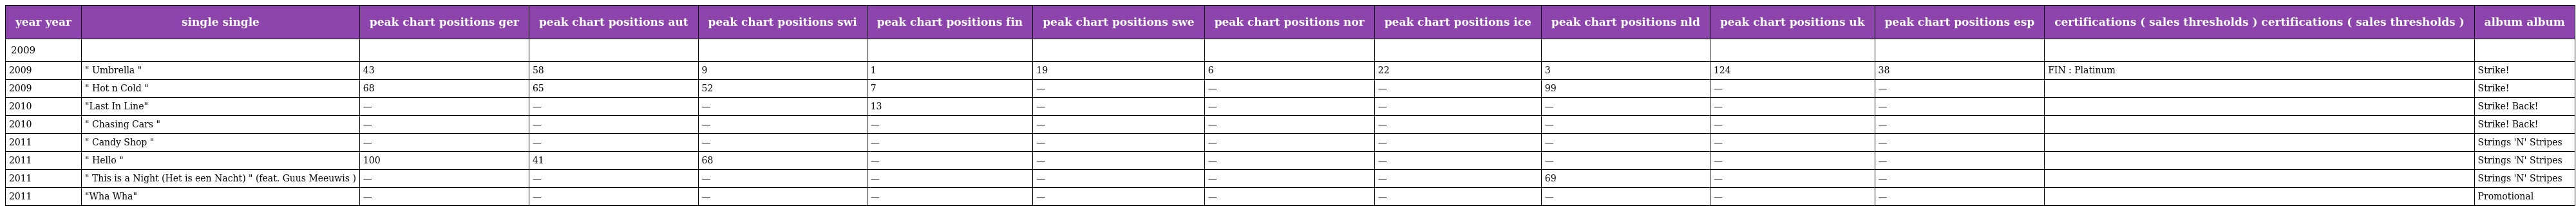
| year year | single single | peak chart positions ger | peak chart positions aut | peak chart positions swi | peak chart positions fin | peak chart positions swe | peak chart positions nor | peak chart positions ice | peak chart positions nld | peak chart positions uk | peak chart positions esp | certifications ( sales thresholds ) certifications ( sales thresholds ) | album album |
 | --- | --- | --- | --- | --- | --- | --- | --- | --- | --- | --- | --- | --- | --- |
 | 2009 |  |  |  |  |  |  |  |  |  |  |  |  |  |
 | 2009 | " Umbrella " | 43 | 58 | 9 | 1 | 19 | 6 | 22 | 3 | 124 | 38 | FIN : Platinum | Strike! |
 | 2009 | " Hot n Cold " | 68 | 65 | 52 | 7 | — | — | — | 99 | — | — |  | Strike! |
 | 2010 | "Last In Line" | — | — | — | 13 | — | — | — | — | — | — |  | Strike! Back! |
 | 2010 | " Chasing Cars " | — | — | — | — | — | — | — | — | — | — |  | Strike! Back! |
 | 2011 | " Candy Shop " | — | — | — | — | — | — | — | — | — | — |  | Strings 'N' Stripes |
 | 2011 | " Hello " | 100 | 41 | 68 | — | — | — | — | — | — | — |  | Strings 'N' Stripes |
 | 2011 | " This is a Night (Het is een Nacht) " (feat. Guus Meeuwis ) | — | — | — | — | — | — | — | 69 | — | — |  | Strings 'N' Stripes |
 | 2011 | "Wha Wha" | — | — | — | — | — | — | — | — | — | — |  | Promotional |